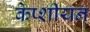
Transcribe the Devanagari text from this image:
केप्शीयन